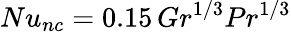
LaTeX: Nu_{nc}=0.15\, Gr^{1/3}Pr^{1/3}